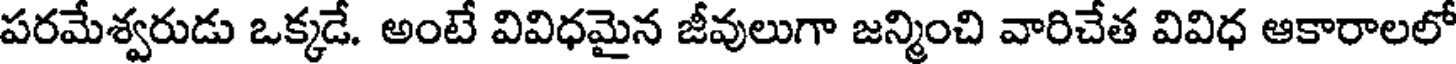
పరమేశ్వరుడు ఒక్కడే. అంటే వివిధమైన జీవులుగా జన్మించి వారిచేత వివిధ ఆకారాలలో